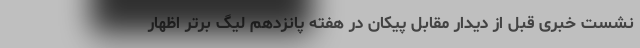
نشست خبری قبل از دیدار مقابل پیکان در هفته پانزدهم لیگ برتر اظهار